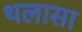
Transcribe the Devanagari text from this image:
थलासा